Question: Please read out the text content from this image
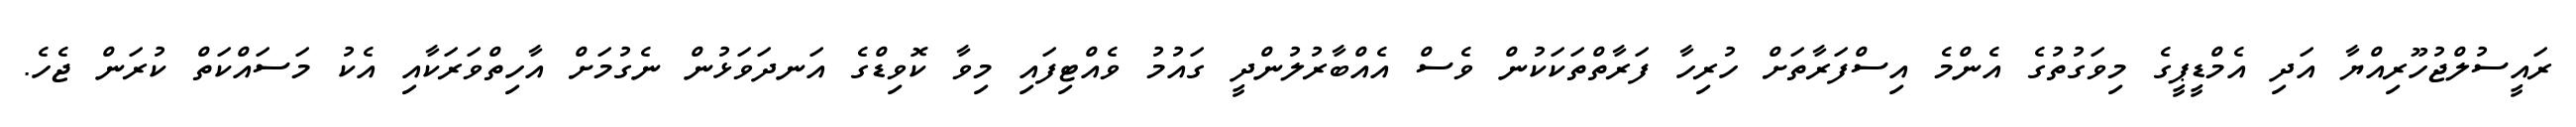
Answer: ރައީސުލްޖުހޫރިއްޔާ އަދި އެމްޑީޕީގެ މިވަގުތުގެ އެންމެ އިސްފަރާތަށް ހުރިހާ ފަރާތްތަކަކުން ވެސް އެއްބާރުލުންދީ ގައުމު ވެއްޓިފައި މިވާ ކޮވިޑްގެ އަނދަވަޅުން ނެގުމަށް އާހިތްވަރަކާއި އެކު މަސައްކަތް ކުރަން ޖެހެ.